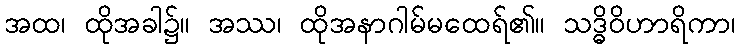
အထ၊ ထိုအခါ၌။ အဿ၊ ထိုအနာဂါမ်မထေရ်၏။ သဒ္ဓိဝိဟာရိကာ၊